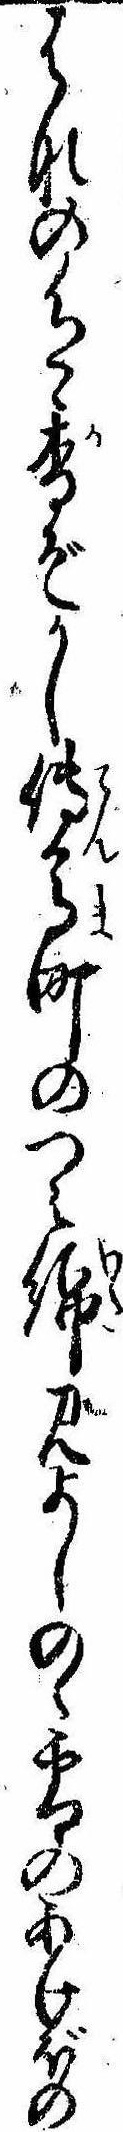
はなの色香ぞかし伝馬町のつみ綿見よしのゝ雪のあけぼの